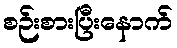
စဉ်းစားပြီးနောက်